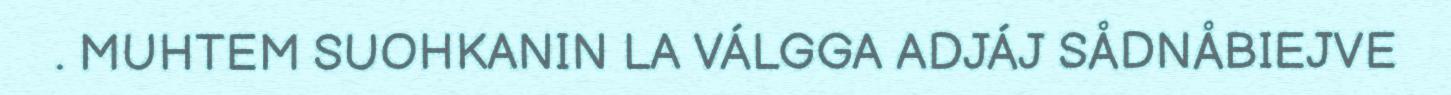
. MUHTEM SUOHKANIN LA VÁLGGA ADJÁJ SÅDNÅBIEJVE